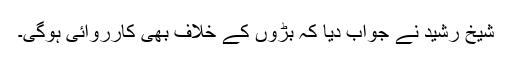
شیخ رشید نے جواب دیا کہ بڑوں کے خلاف بھی کارروائی ہوگی۔